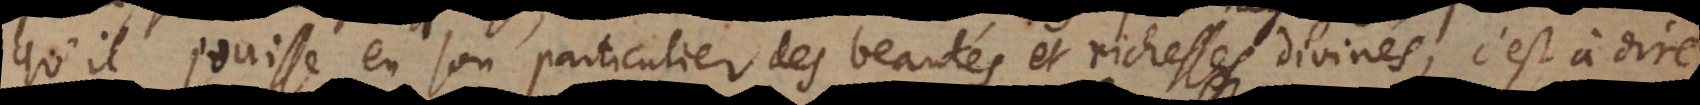
qu’il jouisse en son particulier des beautés et richesses divines, c’est à dire